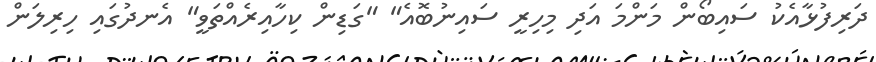
ދަރިފުޅާއެކު ސައިބޯން މަންމަ އަދި މިހިރީ ސައިނުބޮއެ" "ގަޑިން ކިހާއިރެއްތަވީ" އެނދުގައި ހިރިލަން